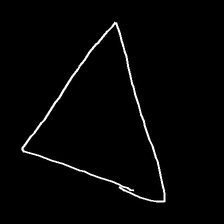
Glyph: convergence